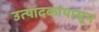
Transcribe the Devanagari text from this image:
उत्पादकांपासून